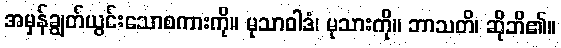
အမှန်ချွတ်ယွင်းသောစကားကို။ မုသာဝါဒံ၊ မုသားကို။ ဘာသတိ၊ ဆိုဘိ၏။